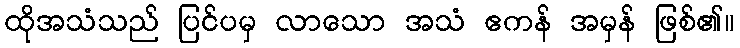
ထိုအသံသည် ပြင်ပမှ လာသော အသံ ဧကန် အမှန် ဖြစ်၏။